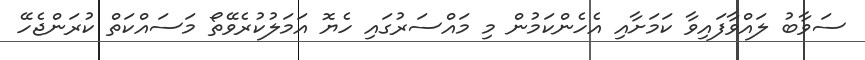
ސަވާބު ލައްވާފައިވާ ކަމަށާއި އެހެންކަމުން މި މައްސަރުގައި ހެޔޮ އަމަލުކުރެވޭތޯ މަސައްކަތް ކުރަންޖެހޭ